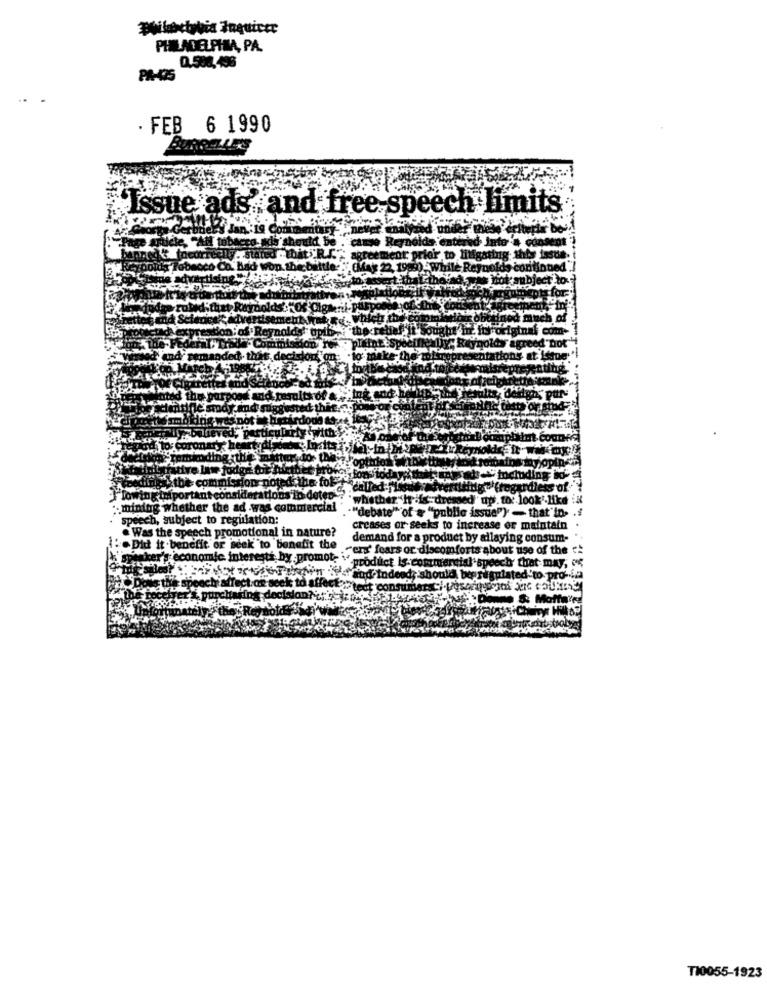
PHILADELPHIA, PA.
0.500,498
· FEB 6 1990
Issue ads" and free speech limits
milde, "All mbeers we should be . came Reynolds ent
ment prior,
dalle
whether"h
.. mining
her the
hat'to
ect to regulation:
Was
motional in na
ure?
is or seeks to
maintain
for a product by allaying consum-
Did it
t use of the
omfc
duct is-commercial speech that may, co
deindeed; should bepreguiat
d'to
to-La
TI0055-1923